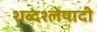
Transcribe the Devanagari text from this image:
शब्दश्लेषादी